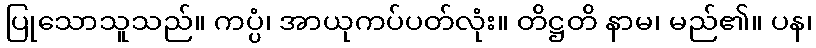
ပြုသောသူသည်။ ကပ္ပံ၊ အာယုကပ်ပတ်လုံး။ တိဋ္ဌတိ နာမ၊ မည်၏။ ပန၊